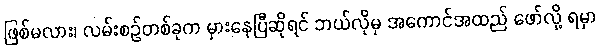
ဖြစ်မလား၊ လမ်းစဉ်တစ်ခုက မှားနေပြီဆိုရင် ဘယ်လိုမှ အကောင်အထည် ဖော်လို့ ရမှာ